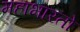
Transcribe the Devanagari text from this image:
महाभारतो